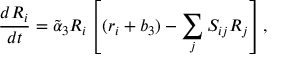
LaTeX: { \frac { d R _ { i } } { d t } } = \tilde { \alpha } _ { 3 } R _ { i } \left[ ( r _ { i } + b _ { 3 } ) - \sum _ { j } S _ { i j } R _ { j } \right] ,